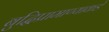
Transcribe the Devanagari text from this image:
बुद्धिप्रामाण्याकडे